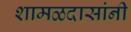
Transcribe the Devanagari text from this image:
शामळदासांनी